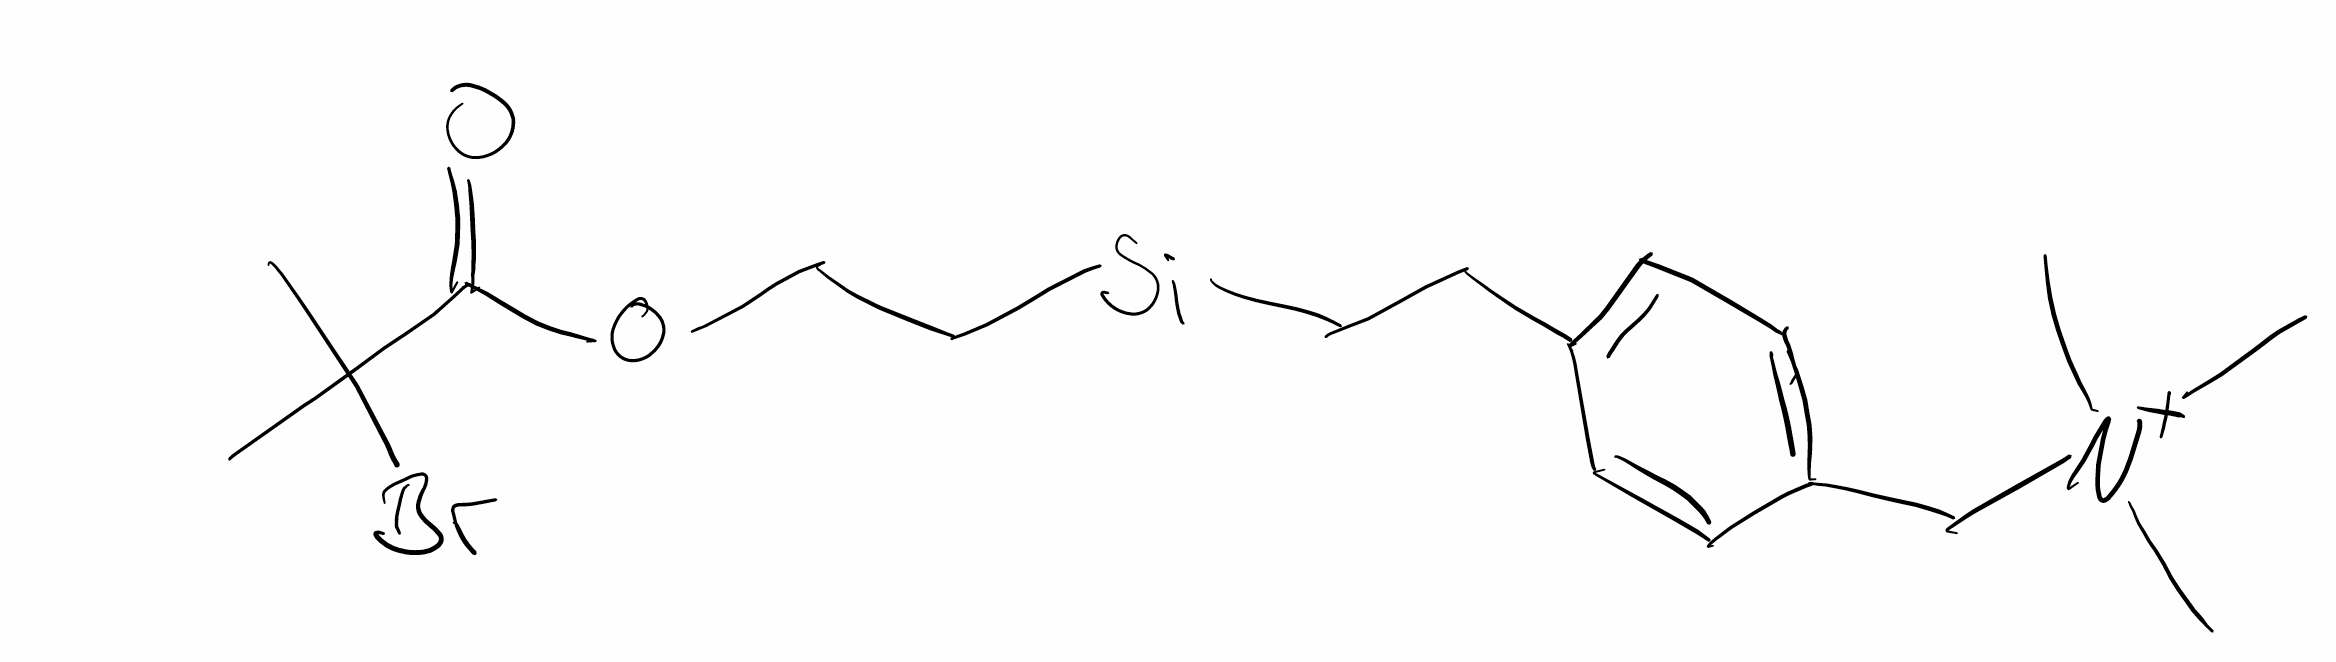
Simplified molecular-input line-entry system (SMILES) notation of the given molecule:
CC(C)(C(=O)OCC[Si](C)(C)CCC1=CC=C(C=C1)C[N+](C)(C)C)Br